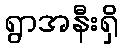
ရွာအနီးရှိ